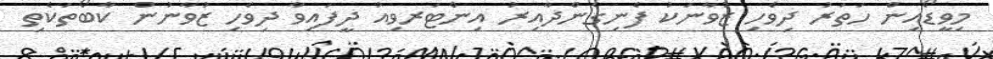
މިވީޑޯއިން ހަތަރު ދިވެހި ޒުވާނަކު ފެނިގެންދާއިރު އިންޓަރވިއު ދީފައިވާ ދިވެހި ޒުވާނުން ކާބޯތަކެތި